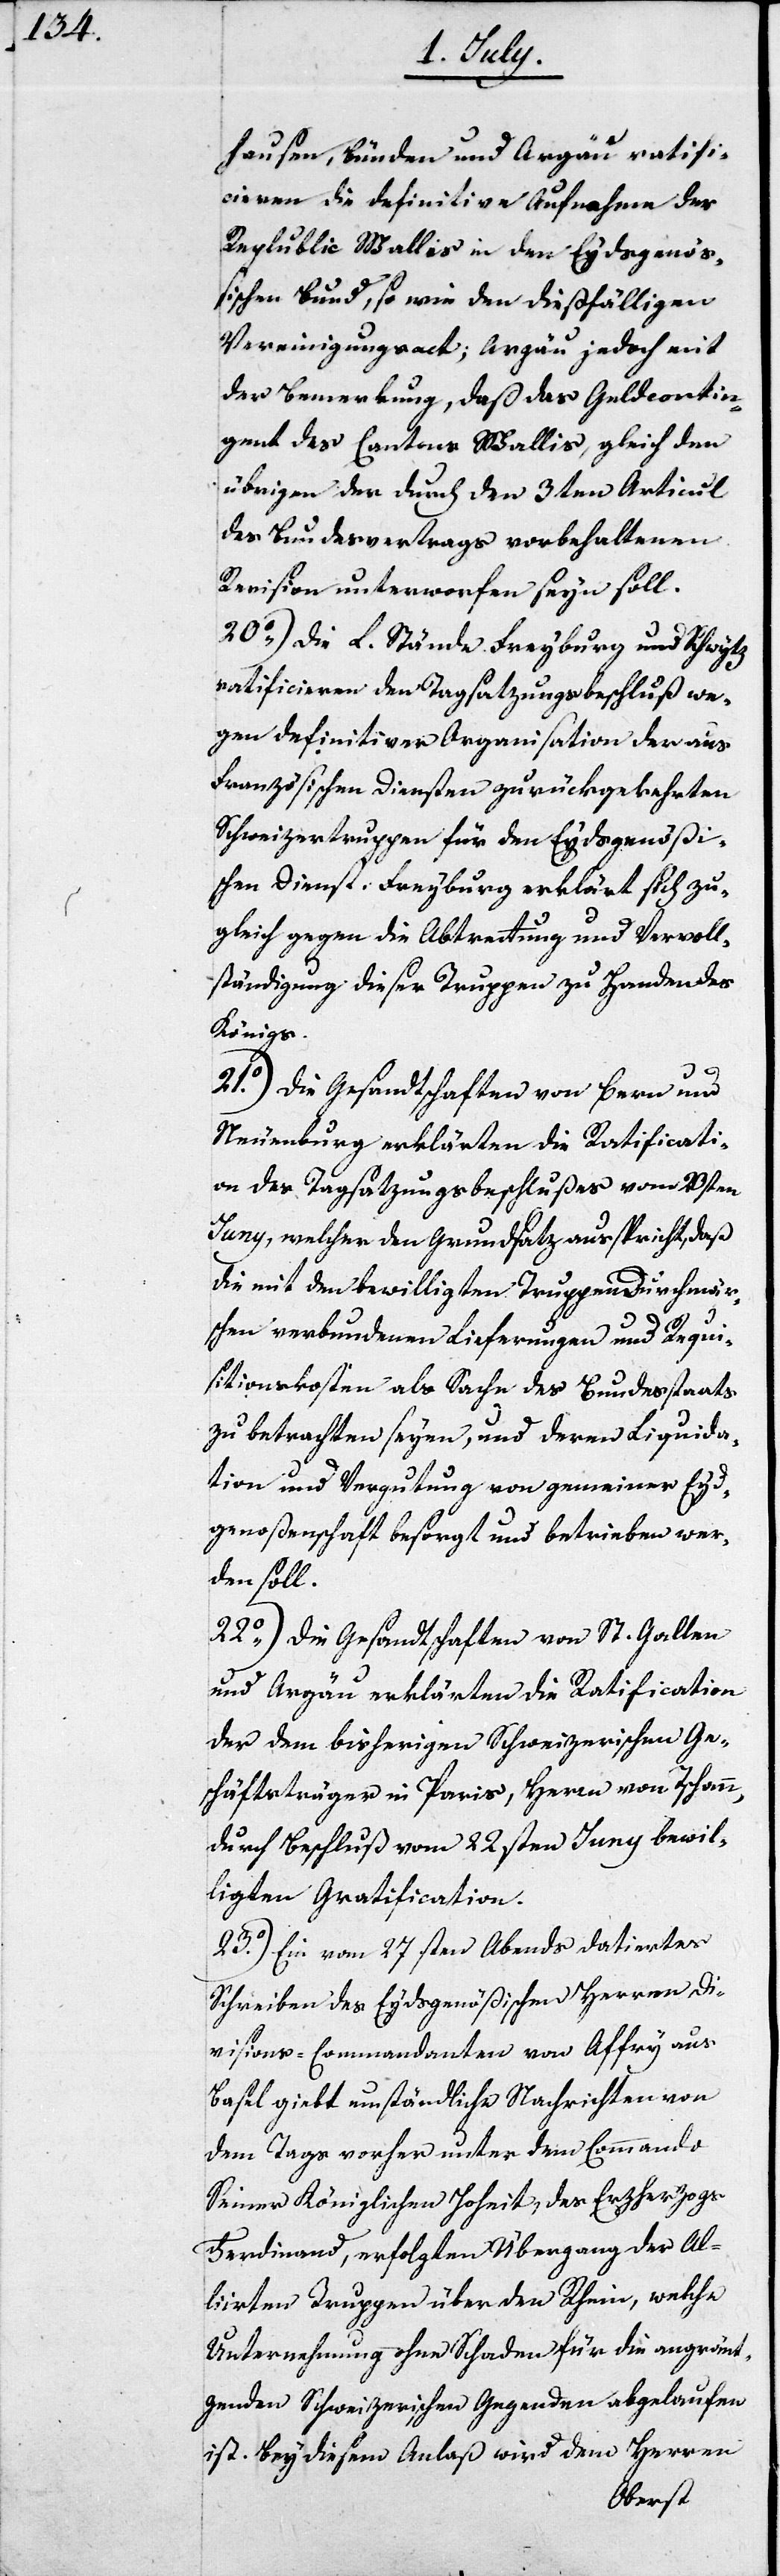
hausen, Bünden und Argau ratifi¬
cieren die definitive Aufnahme der
Republic Wallis in den Eydsgenö¬
ßischen Bund, so wie den dießfälligen
Vereinigungszweck; Argau jedoch mit
der Bemerkung, daß das Geldcontin¬
gent des Cantons Wallis, gleich den
übrigen der durch den 3ten Articul
des Bundesvertrags vorbehaltenen
Revision unterworfen seyn soll.
20o) Die L. Stände Freyburg und Schwytz
ratificieren den Tagsatzungsbeschluß we¬
gen definitiver Organisation der aus
Französischen Diensten zurückgekehrten
Schweizertruppen für den Eydsgenößi¬
schen Dienst. Freyburg erklärt sich zu¬
gleich gegen die Abtretung und Vervoll¬
ständigung dieser Truppen zu Handen des
Königs.
21o) Die Gesandtschaften von Bern und
Neuenburg erklärten die Ratificati¬
on des Tagsatzungsbeschlußes vom 20sten
Juny, welcher den Grundsatz ausspricht, daß
die mit den bewilligten Truppen Durchmärs¬
chen unverbundenen Lieferungen und Requi¬
sitionskosten als Sache des Bundesstaats
zu betrachten seyen, und deren Liquida¬
tion und Vergutung von gemeiner Eyds¬
genoßenschaft besorgt und betrieben wer¬
den soll.
22o) Die Gesandtschaften von St. Gallen
und Argau erklärten die Ratification
der dem bisherigen Schweizerischen Ge¬
schäftsträger in Paris, Herrn von Tschann,
durch Beschluß vom 22sten Juny bewil¬
ligten Gratification.
23o) Ein vom 27sten Abends datiertes
Schreiben des Eydsgenößischen Herren Di¬
visions-Commandanten von Affry aus
Basel giebt umständliche Nachrichten von
dem Tags vorher unter dem Commando
Seiner Königlichen Hoheit, des Erzherzogs
Ferdinand, erfolgten Übergang der All¬
iirten Truppen über den Rhein, welche
Unternehmung ohne Schaden für die angren¬
zenden Schweizerischen Gegenden abgelaufen
ist. Bey diesem Anlaß wird dem Herren